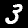
Label: 3